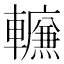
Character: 𰹪